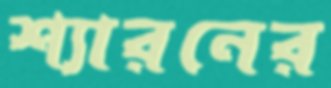
শ্যারনের